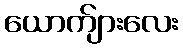
ယောက်ျားလေး